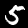
Label: 5